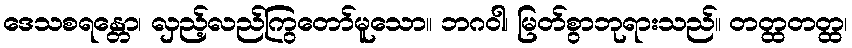
ဒေသစရန္တော၊ လှည့်လည်ကြွတော်မူသော။ ဘဂဝါ၊ မြတ်စွာဘုရားသည်။ တတ္ထတတ္ထ၊